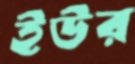
ইউর